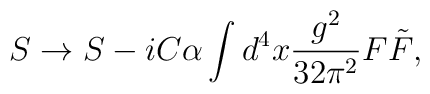
S \to S - i C \alpha \int d^4x \frac{g^2}{32 \pi^2} F \tilde{F},